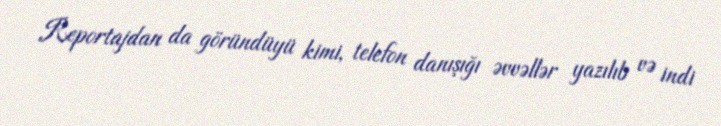
Reportajdan da göründüyü kimi, telefon danışığı əvvəllər yazılıb və indi